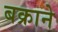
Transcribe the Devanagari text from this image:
बक्राने